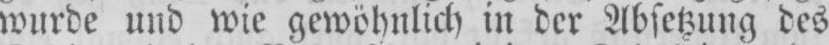
wurde und wie gewöhnlich in der Absetzung des